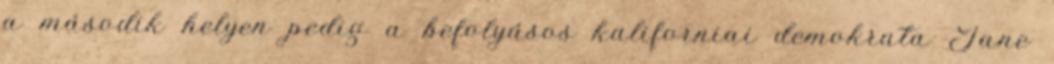
a második helyen pedig a befolyásos kaliforniai demokrata Jane